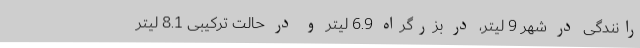
رانندگی در شهر 9 لیتر، در بزرگراه 6.9 لیتر و در حالت ترکیبی 8.1 لیتر